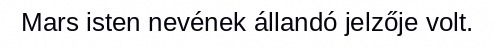
Mars isten nevének állandó jelzője volt.